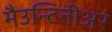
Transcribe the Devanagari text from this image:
मैउन्टिनीअर